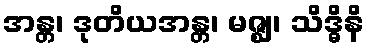
အန္တ၊ ဒုတိယအန္တ၊ မဇ္ဈ၊ သိဒ္ဓိနိ